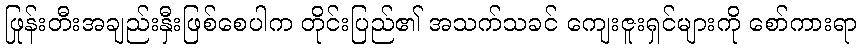
ဖြုန်းတီးအချည်းနှီးဖြစ်စေပါက တိုင်းပြည်၏ အသက်သခင် ကျေးဇူးရှင်များကို စော်ကားရာ